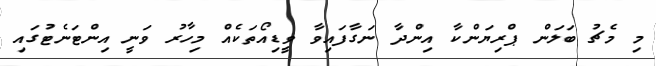
މި މެޗު ބަލަން ޕްރިޔަންކާ އިންދާ ނަގާފައިވާ ވީޑިއޯތަކެއް މިހާރު ވަނީ އިންޓަނެޓުގައި